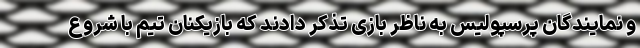
و نمایندگان پرسپولیس به ناظر بازی تذکر دادند که بازیکنان تیم با شروع